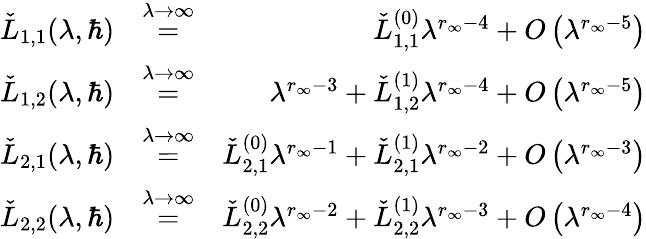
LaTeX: \begin{array}{rlr}{\check{L}_{1,1}(\lambda,\hbar)}&{\overset{\lambda\to\infty}{=}}&{\check{L}_{1,1}^{(0)}\lambda^{r_{\infty}-4}+O\left(\lambda^{r_{\infty}-5}\right)}\\ {\check{L}_{1,2}(\lambda,\hbar)}&{\overset{\lambda\to\infty}{=}}&{\lambda^{r_{\infty}-3}+\check{L}_{1,2}^{(1)}\lambda^{r_{\infty}-4}+O\left(\lambda^{r_{\infty}-5}\right)}\\ {\check{L}_{2,1}(\lambda,\hbar)}&{\overset{\lambda\to\infty}{=}}&{\check{L}_{2,1}^{(0)}\lambda^{r_{\infty}-1}+\check{L}_{2,1}^{(1)}\lambda^{r_{\infty}-2}+O\left(\lambda^{r_{\infty}-3}\right)}\\ {\check{L}_{2,2}(\lambda,\hbar)}&{\overset{\lambda\to\infty}{=}}&{\check{L}_{2,2}^{(0)}\lambda^{r_{\infty}-2}+\check{L}_{2,2}^{(1)}\lambda^{r_{\infty}-3}+O\left(\lambda^{r_{\infty}-4}\right)}\end{array}